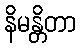
နိမန္တိတာ